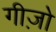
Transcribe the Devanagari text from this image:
गीज़ो